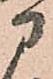
に